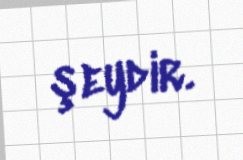
şeydir.